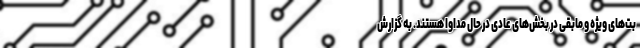
بت‌های ویژه و مابقی در بخش‌های عادی در حال مداوا هستند. به گزارش